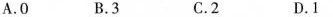
A.0 B.3 C.2 D.1